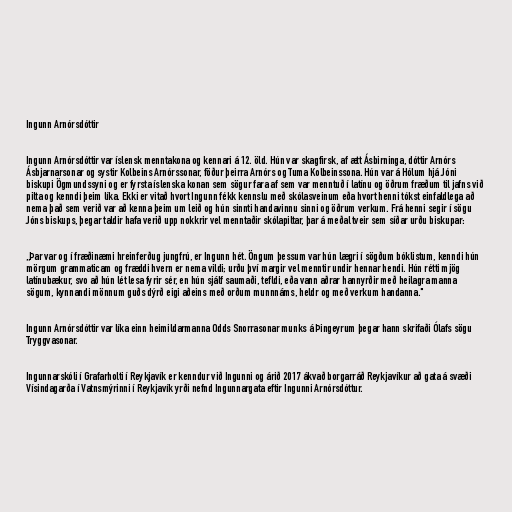
Ingunn Arnórsdóttir

Ingunn Arnórsdóttir var íslensk menntakona og kennari á 12. öld. Hún var skagfirsk, af ætt Ásbirninga, dóttir Arnórs
Ásbjarnarsonar og systir Kolbeins Arnórssonar, föður þeirra Arnórs og Tuma Kolbeinssona. Hún var á Hólum hjá Jóni
biskupi Ögmundssyni og er fyrsta íslenska konan sem sögur fara af sem var menntuð í latínu og öðrum fræðum til jafns við
pilta og kenndi þeim líka. Ekki er vitað hvort Ingunn fékk kennslu með skólasveinum eða hvort henni tókst einfaldlega að
nema það sem verið var að kenna þeim um leið og hún sinnti handavinnu sinni og öðrum verkum. Frá henni segir í sögu
Jóns biskups, þegar taldir hafa verið upp nokkrir vel menntaðir skólapiltar, þar á meðal tveir sem síðar urðu biskupar:

„Þar var og í fræðinæmi hreinferðug jungfrú, er Ingunn hét. Öngum þessum var hún lægri í sögðum bóklistum, kenndi hún
mörgum grammaticam og fræddi hvern er nema vildi; urðu því margir vel menntir undir hennar hendi. Hún rétti mjög
latínubækur, svo að hún lét lesa fyrir sér, en hún sjálf saumaði, tefldi, eða vann aðrar hannyrðir með heilagra manna
sögum, kynnandi mönnum guðs dýrð eigi aðeins með orðum munnnáms, heldr og með verkum handanna."

Ingunn Arnórsdóttir var líka einn heimildarmanna Odds Snorrasonar munks á Þingeyrum þegar hann skrifaði Ólafs sögu
Tryggvasonar.

Ingunnarskóli í Grafarholti í Reykjavík er kenndur við Ingunni og árið 2017 ákvað borgarráð Reykjavíkur að gata á svæði
Vísindagarða í Vatnsmýrinni í Reykjavík yrði nefnd Ingunnargata eftir Ingunni Arnórsdóttur.